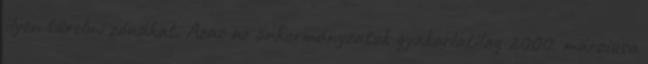
ilyen türelmi zónákat. Azaz az önkormányzatok gyakorlatilag 2000. márciusa